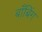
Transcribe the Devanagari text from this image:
बाँबिंग